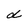
Character: d